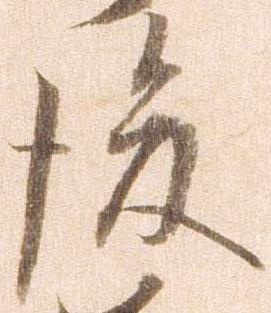
後